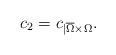
LaTeX: \begin{align*}c_{2}=c_{|\overline{\Omega}\times\Omega}.\end{align*}